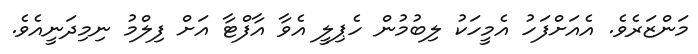
މަންޒަރެވެ. އެއަށްފަހު އެމީހަކު ލިބުމުން ހެޕިލީ އެވާ އާފްޓާ އަށް ފިލްމު ނިމިދަނީއެވެ.